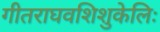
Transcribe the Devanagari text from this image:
गीतराघवशिशुकेलिः